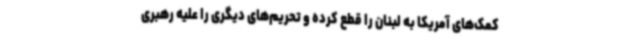
کمک‌های آمریکا به لبنان را قطع کرده و تحریم‌های دیگری را علیه رهبری